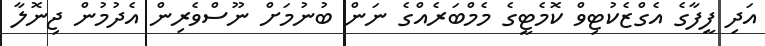
އަދި ފީފާގެ އެގްޒެކުޓިވް ކޮމެޓީގެ މެމްބަރެއްގެ ނަން ބުނުމަށް ނޫސްވެރިން އެދުމުން ޖިނޮލާ